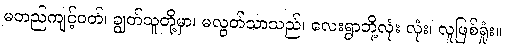
မတည်ကျင့်ဝတ်၊ ချွတ်သူတို့မှာ၊ မလွတ်သာသည်၊ လေးရွာဘို့လုံး လုံး၊ လူဖြစ်ရှုံး။